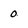
Character: 0